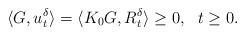
LaTeX: \begin{align*} \langle G, u_t^{\delta}\rangle = \langle K_0G, R_t^{\delta}\rangle \geq 0, \ \ t \geq 0. \end{align*}